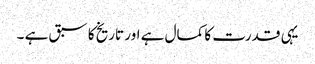
یہی قدرت کا کمال ہے اور تاریخ کا سبق ہے ۔